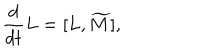
{ \frac { d } { d t } } { L } = [ L , \widetilde { M } ] ,